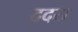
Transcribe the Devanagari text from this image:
ददरा